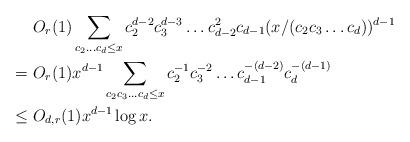
LaTeX: \begin{align*} & O_{r}(1) \sum_{c_2 \ldots c_d \leq x} c_2^{d-2} c_3^{d-3} \ldots c_{d-2}^2 c_{d-1} (x/(c_2 c_3 \ldots c_d))^{d-1}\\ =\ & O_r(1) x^{d-1} \sum_{c_2 c_3 \ldots c_d \leq x} c_2^{-1} c_3^{-2} \ldots c_{d-1}^{-(d-2)} c_{d}^{-(d-1)}\\ \leq\ & O_{d,r}(1) x^{d-1} \log x.\end{align*}